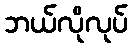
ဘယ်လိုလုပ်